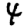
Digit: 4